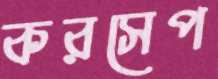
করসেপ